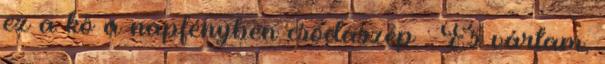
ez a kő a napfényben csodaszép : És vártam,